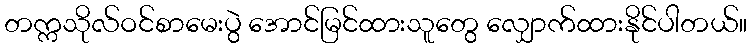
တက္ကသိုလ်ဝင်စာမေးပွဲ အောင်မြင်ထားသူတွေ လျှောက်ထားနိုင်ပါတယ်။